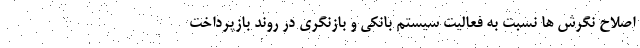
اصلاح نگرش ها نسبت به فعالیت سیستم بانکی و بازنگری در روند بازپرداخت